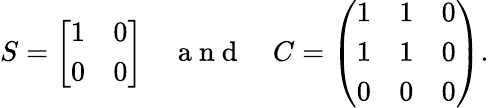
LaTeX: S=\left[\begin{array}{ll}{1}&{0}\\ {0}&{0}\end{array}\right]\quad\mathrm{~a~n~d~}\quad C=\left(\begin{array}{lll}{1}&{1}&{0}\\ {1}&{1}&{0}\\ {0}&{0}&{0}\end{array}\right).